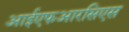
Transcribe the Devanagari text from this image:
आईएफआरसिएस